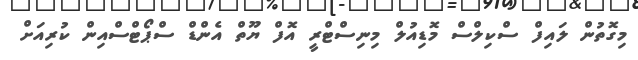
މިގޮތުން ލައިފް ސްކިލްސް މޮޑިއުލް މިނިސްޓްރީ އޮފް ޔޫތް އެންޑް ސްޕޯޓްސްއިން ކުރިއަށް